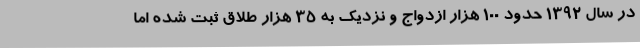
در سال 1392 حدود 100 هزار ازدواج و نزدیک به 35 هزار طلاق ثبت شده اما